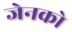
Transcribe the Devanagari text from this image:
जेनको